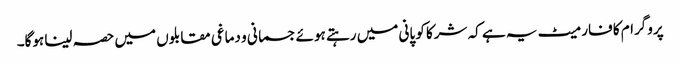
پروگرام کا فارمیٹ یہ ہے کہ شرکا کو پانی میں رہتے ہوئے جسمانی و دماغی مقابلوں میں حصہ لینا ہوگا۔